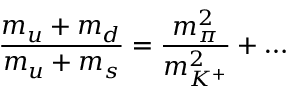
{ \frac { m _ { u } + m _ { d } } { m _ { u } + m _ { s } } } = { \frac { m _ { \pi } ^ { 2 } } { m _ { K ^ { + } } ^ { 2 } } } + \dots